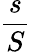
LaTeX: \frac{s}{S}